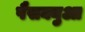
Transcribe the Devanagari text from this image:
पैसक्युआ